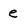
Character: e